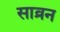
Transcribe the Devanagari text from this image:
साव्रन